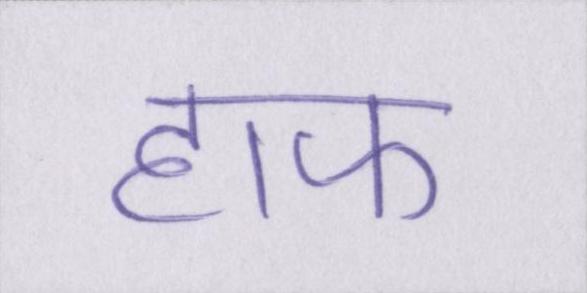
हाफ